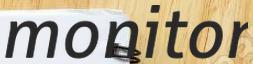
monitor